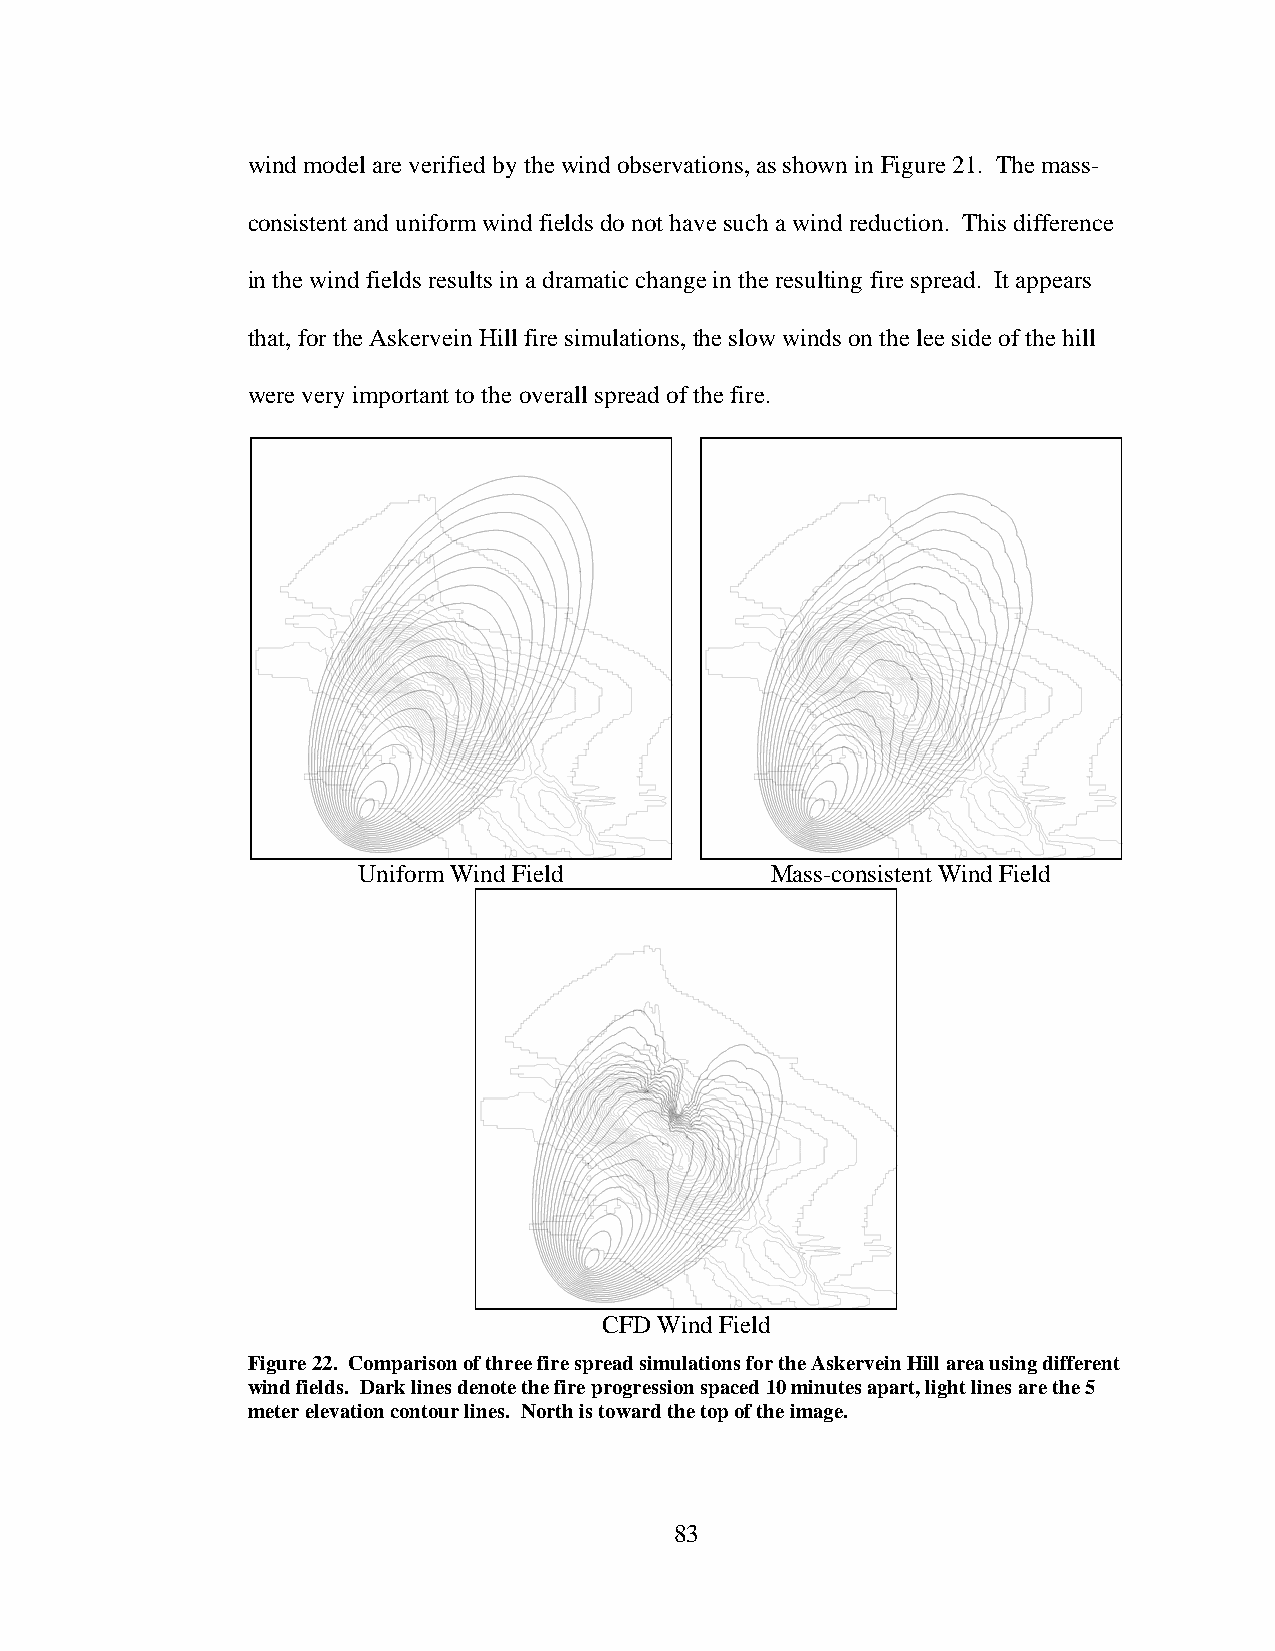
wind model are verified by the wind observations, as shown in Figure 21. The mass-
 consistent and uniform wind fields do not have such a wind reduction. This difference
 in the wind fields results in a dramatic change in the resulting fire spread. It appears
 that, for the Askervein Hill fire simulations, the slow winds on the lee side of the hill
 were very important to the overall spread of the fire.
 Uniform Wind Field         Mass-consistent Wind Field
 CFD Wind Field
 Figure 22. Comparison of three fire spread simulations for the Askervein Hill area using different
 wind fields. Dark lines denote the fire progression spaced 10 minutes apart, light lines are the 5
 meter elevation contour lines. North is toward the top of the image.
 83